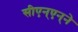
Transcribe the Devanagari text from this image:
सीएन्‌एन्‌ने